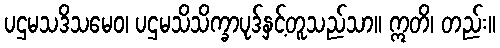
ပဌမသဒိသမေဝ၊ ပဌမသိသိက္ခာပုဒ်နှင့်တူသည်သာ။ ဣတိ၊ တည်း။